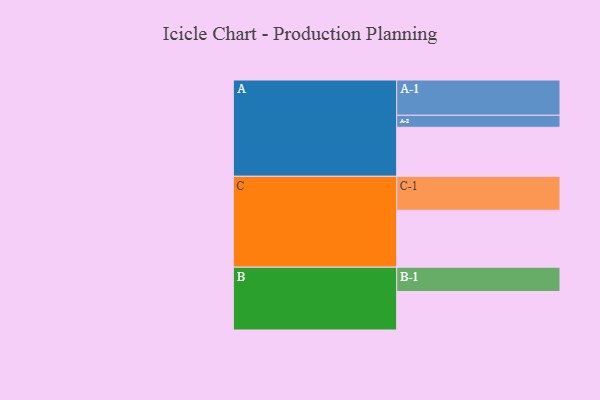
{"axis": {"x": "Segment", "y": "Value"}, "legend": ["", "A", "B", "C"], "data": [{"x": "A", "y": 411, "type": ""}, {"x": "B", "y": 323, "type": ""}, {"x": "C", "y": 478, "type": ""}, {"x": "A-1", "y": 296, "type": "A"}, {"x": "A-2", "y": 101, "type": "A"}, {"x": "B-1", "y": 204, "type": "B"}, {"x": "C-1", "y": 285, "type": "C"}]}